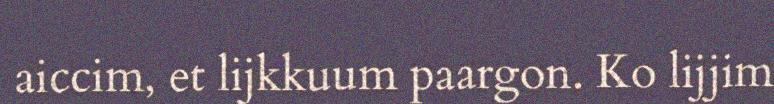
aiccim, et lijkkuum paargon. Ko lijjim